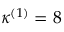
\kappa ^ { ( 1 ) } = 8